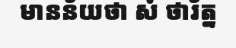
មានន័យថា សំ ថារ័ត្ន